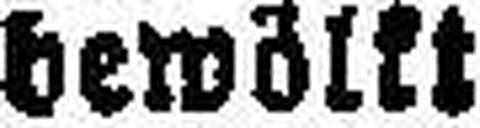
bewölkt